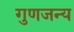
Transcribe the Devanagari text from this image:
गुणजन्य